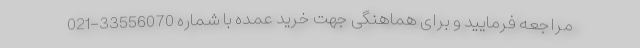
مراجعه فرمایید و برای هماهنگی جهت خرید عمده با شماره 33556070-021